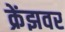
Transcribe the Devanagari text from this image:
क्रेंझवर